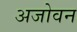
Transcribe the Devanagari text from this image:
अजोवन